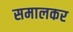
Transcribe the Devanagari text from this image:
समालकर